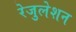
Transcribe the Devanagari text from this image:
रेजुलेशन